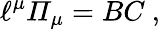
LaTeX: {\ell}^{\mu}{\mit\Pi}_{\mu}={B}{C}\ ,